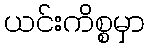
ယင်းကိစ္စမှာ